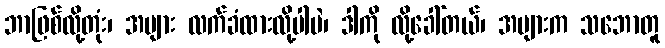
ဘာဖြစ်လို့တုံး၊ အများ လက်ခံထားလို့ပါပဲ၊ ဒါကို လို့ခေါ်တယ်၊ အများက သဘောတူ